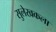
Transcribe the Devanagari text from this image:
सुलेखकला